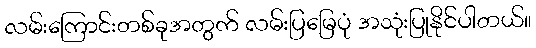
လမ်းကြောင်းတစ်ခုအတွက် လမ်းပြမြေပုံ အသုံးပြုနိုင်ပါတယ်။